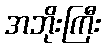
အဘိုးကြီး